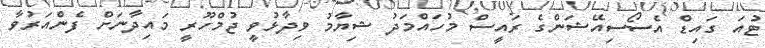
ޓުއަ ގައިޑް އެސޯސިއޭޝަންގެ ރައީސް މުހައްމަދު ޝިޔާމު ވިދާޅުވީ ޖުމްހޫރީ މައިދާނަށް ފެންއަރުވާ